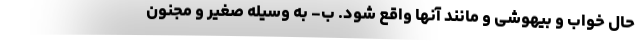
حال خواب و بیهوشی و مانند آنها واقع شود. ب- به وسیله صغیر و مجنون